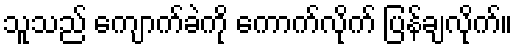
သူသည် ကျောက်ခဲကို ကောက်လိုက် ပြန်ချလိုက်။